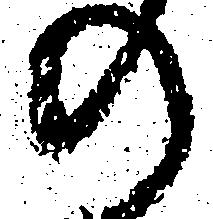
の